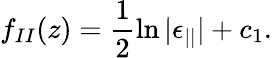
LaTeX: f_{II}(z)=\frac{1}{2}\ln|\epsilon_{||}|+c_{1}.